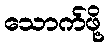
သောက်ဖို့